Tartu_linnavalitsus, lk 112
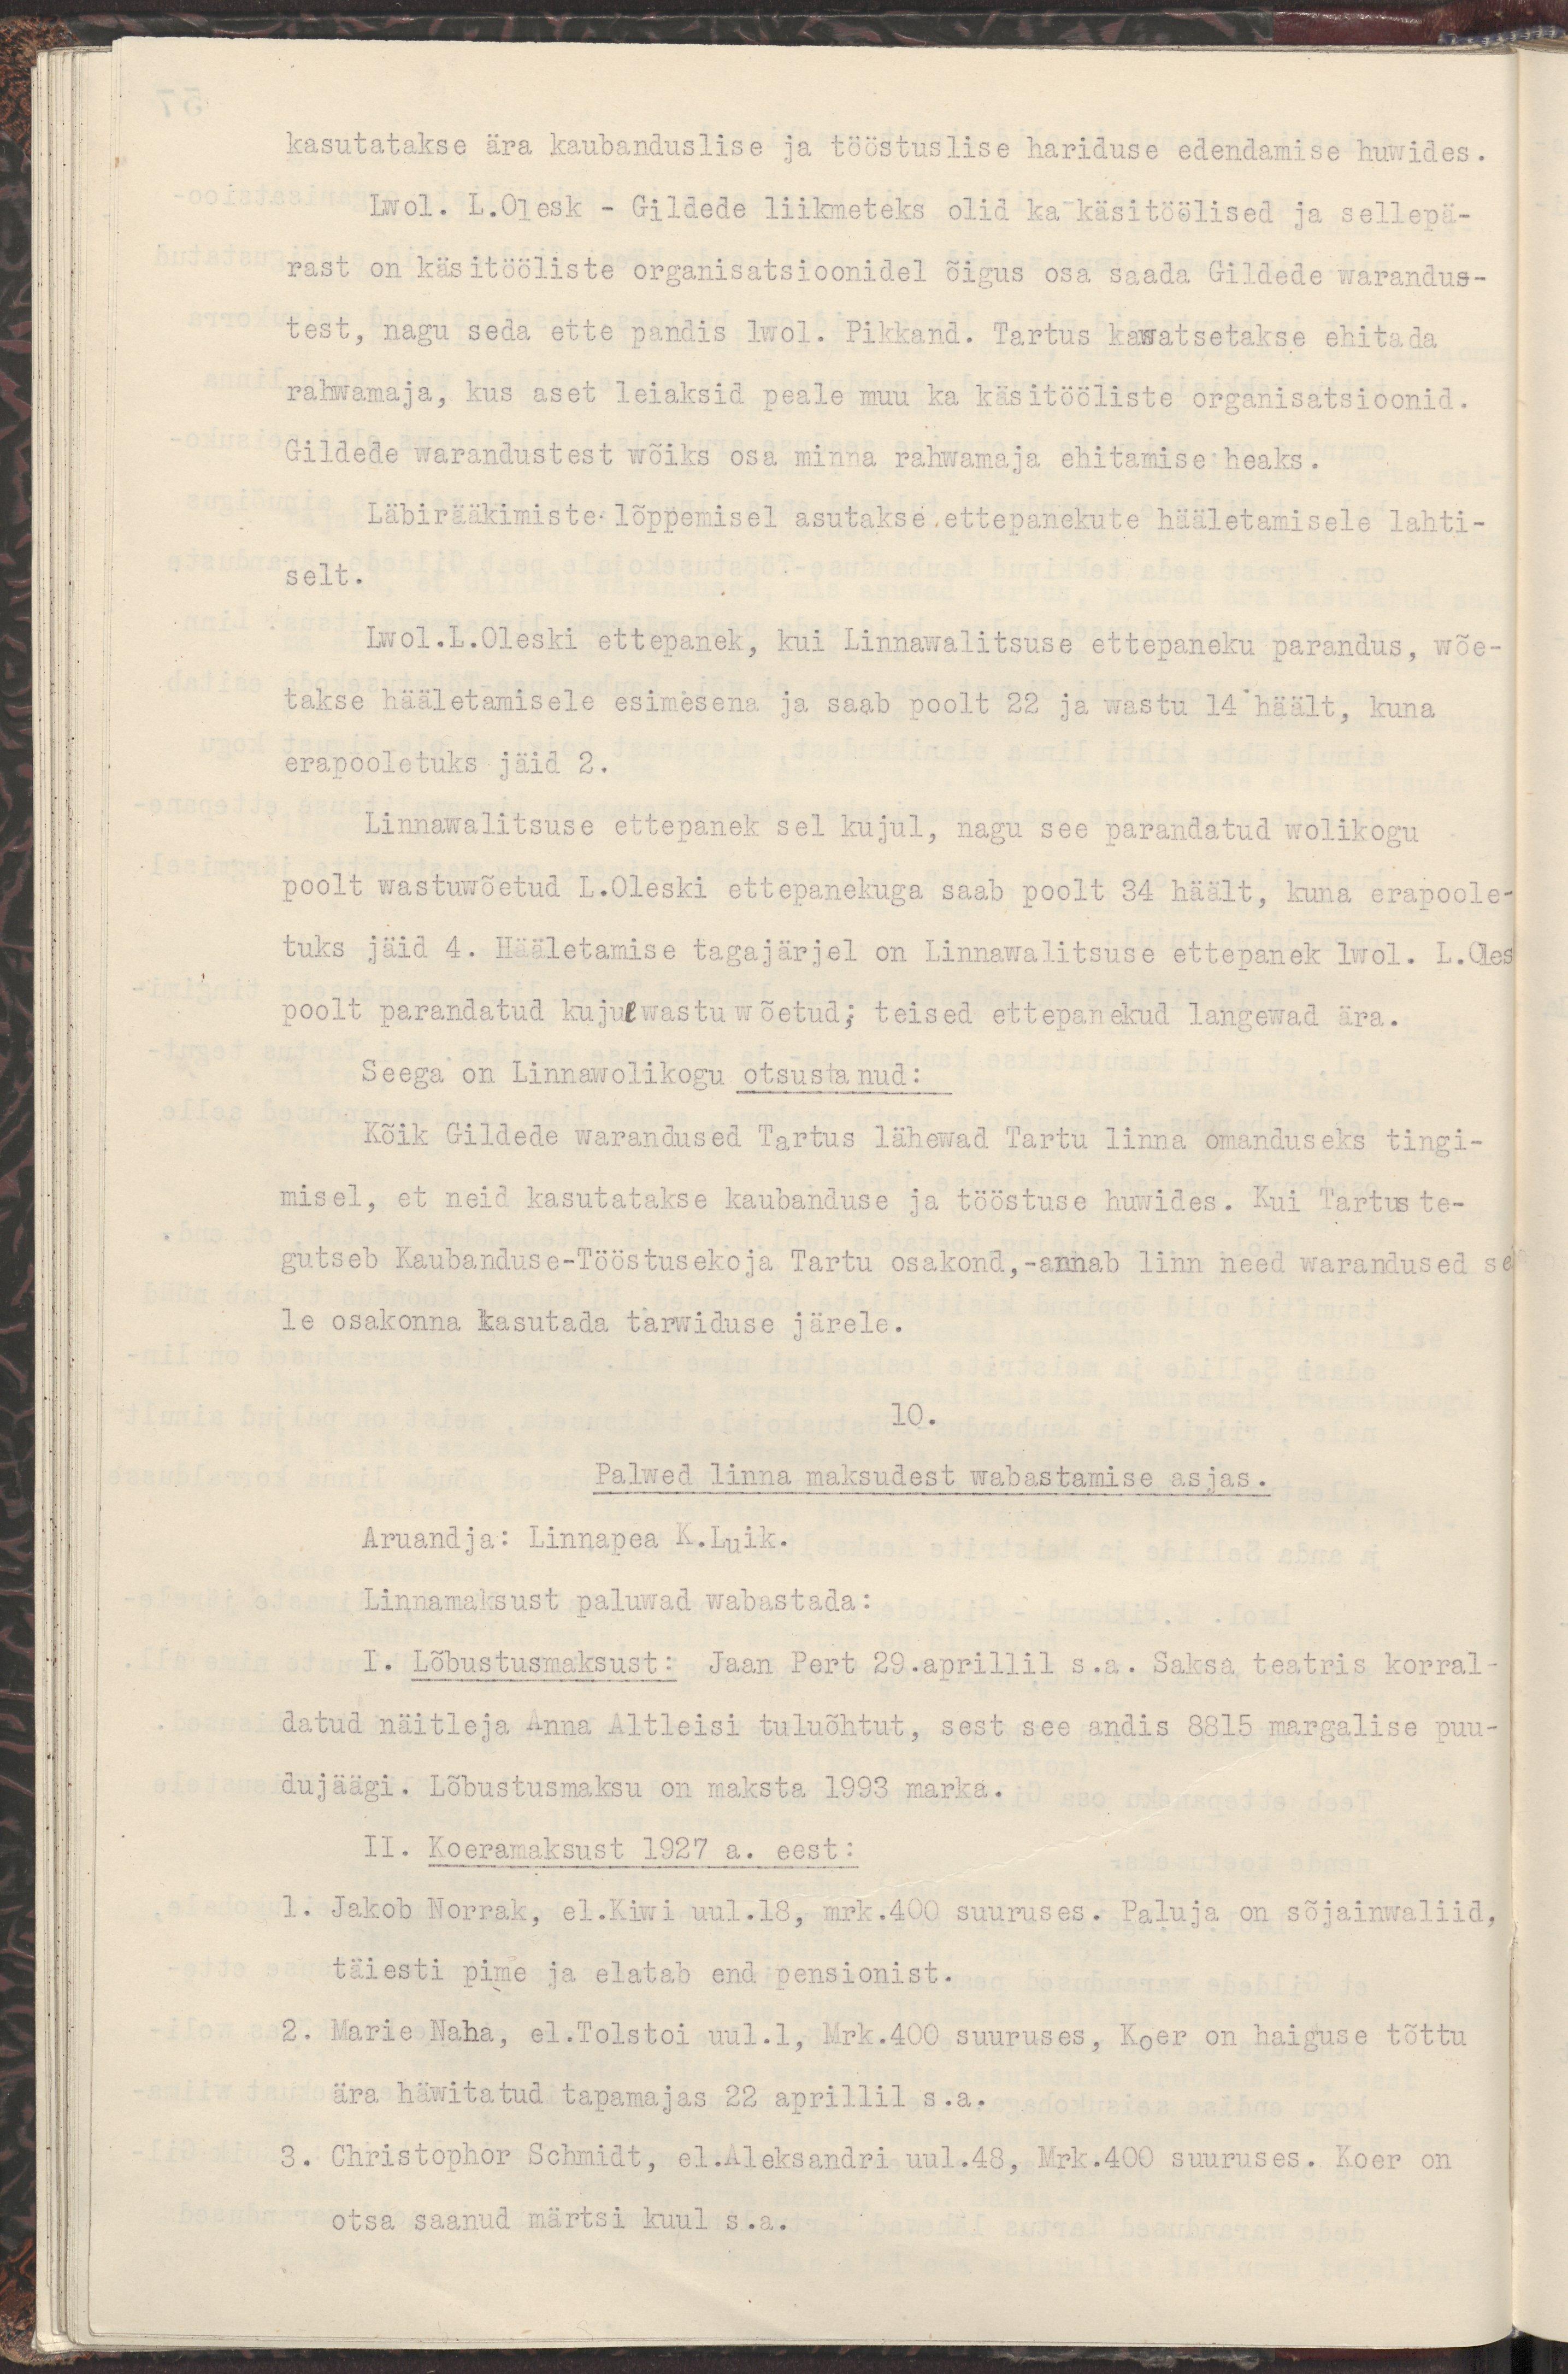
kasutatakse ära kaubanduslise ja tööstuslise hariduse edendamise huwides.
Lwol. L.Olesk - Gildede liikmeteks ka käsitöölised ja sellepä-
rast on käsitööliste organisatsioonidel õigus osa saada Gildede warandus-
test, nagu seda ette pandis lwol. Pikkand. Tartus kawatsetakse ehitada
rahwamaja, kus aset leiaksid peale muu ka käsitööliste organisatsioonid.
Gildede warandustest wõiks osa minna rahwamaja ehitamise heaks.
Läbirääkimiste lõppemisel asutakse ettepanekute hääletamisele lahti-
selt.
Lwol.L.Oleski ettepanek, kui Linnawalitsuse ettepaneku parandus, wõe-
takse hääletamisele esimesena ja saab poolt 22 ja wastu 14 häält, kuna
erapooletuks jäid 2.
Linnawalitsuse ettepanek sel kujul, nagu see parandatud wolikogu
poolt wastuwõetud L. Oleski ettepanekuga saab poolt 34 häält, kuna erapoole-
tuks jäid 4. Hääletamise tagajärjel on Linnawalitsuse ettepanek lwol. Oles
poolt parandatud kujul wastuwõetud; teised ettepanekud langewad ära.
Seega on Linnawolikogu otsustanud:
Kõik Gildede warandused Tartus lähewad Tartu linna omanduseks tingi-
misel, et neid kasutatakse kaubanduse ja tööstuse huwides. Kui Tartus te-
gutseb Kaubanduse-Tööstusekoja Tartu osakond, -annab linn need warandused se
le osakonna kasutada tarwiduse järele.
10.
Palwed linna maksudest wabastamise asjas.
Aruandja: Linnapea K.Luik.
Linnamaksust paluwad wabastada:
I. Lõbustusmaksust: Jaan Pert 29.aprillil s.a. Saksa teatris korral-
datud näitleja Anna Altleisi tuluõhtut, sest see andis 8815 margalise puu-
dujäägi. Lõbustusmaksu on maksta 1993 marka.
II. Koeramaksust 1927 a. eest:
1. Jakob Norrak, el.Kiwi uul.18, mrk.400 suuruses. Paluja on sõjainwaliid.
täiesti pime ja elatab end pensionist.
2. Marie Naha, el. Tolstoi uul. 1, Mrk. 400 suuruses, Koer on haiguse tõttu
ära häwitatud tapamajas 22 aprillil s.a.
3. Christophor Schmidt, el. Aleksandri uul. 40, Mrk. 400 suuruses. Koer on
otsa saanud märtsi kuul s.a.